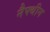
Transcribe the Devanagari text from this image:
नैफ्थीन